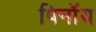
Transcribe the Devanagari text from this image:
पिनॉय